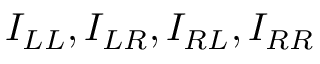
I _ { L L } , I _ { L R } , I _ { R L } , I _ { R R }